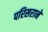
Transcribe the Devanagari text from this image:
परिसराने